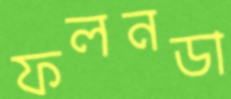
ফলনডা